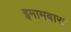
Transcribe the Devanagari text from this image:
इमामबारा